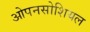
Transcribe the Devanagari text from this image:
ओपनसोशियल